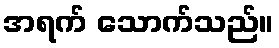
အရက် သောက်သည်။